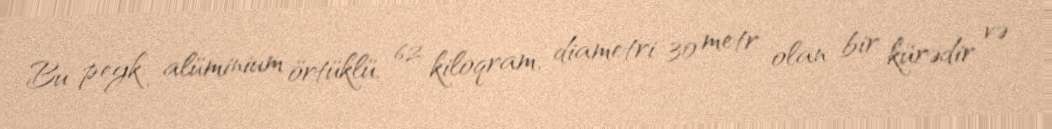
Bu peyk alüminium örtüklü, 62 kiloqram, diametri 30 metr olan bir kürədir və